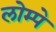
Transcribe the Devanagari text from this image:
लोम्पे